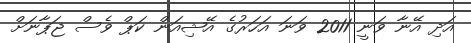
އަދި އޭނާ ވަނީ 2011 ވަނަ އަހަރުގެ އޭޝިއަން ކަޕް ވެސް ޖަޕާނަށް